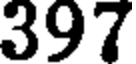
397